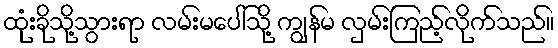
ထုံးခိုသို့သွားရာ လမ်းမပေါ်သို့ ကျွန်မ လှမ်းကြည့်လိုက်သည်။